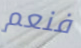
فنعم